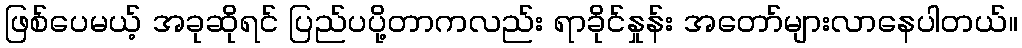
ဖြစ်ပေမယ့် အခုဆိုရင် ပြည်ပပို့တာကလည်း ရာခိုင်နှုန်း အတော်များလာနေပါတယ်။